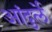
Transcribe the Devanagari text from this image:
आंदुर्ले